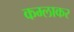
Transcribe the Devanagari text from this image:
कम्लाकर